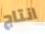
انتاج